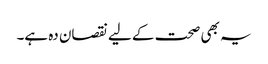
یہ بھی صحت کے لیے نقصان دہ ہے۔